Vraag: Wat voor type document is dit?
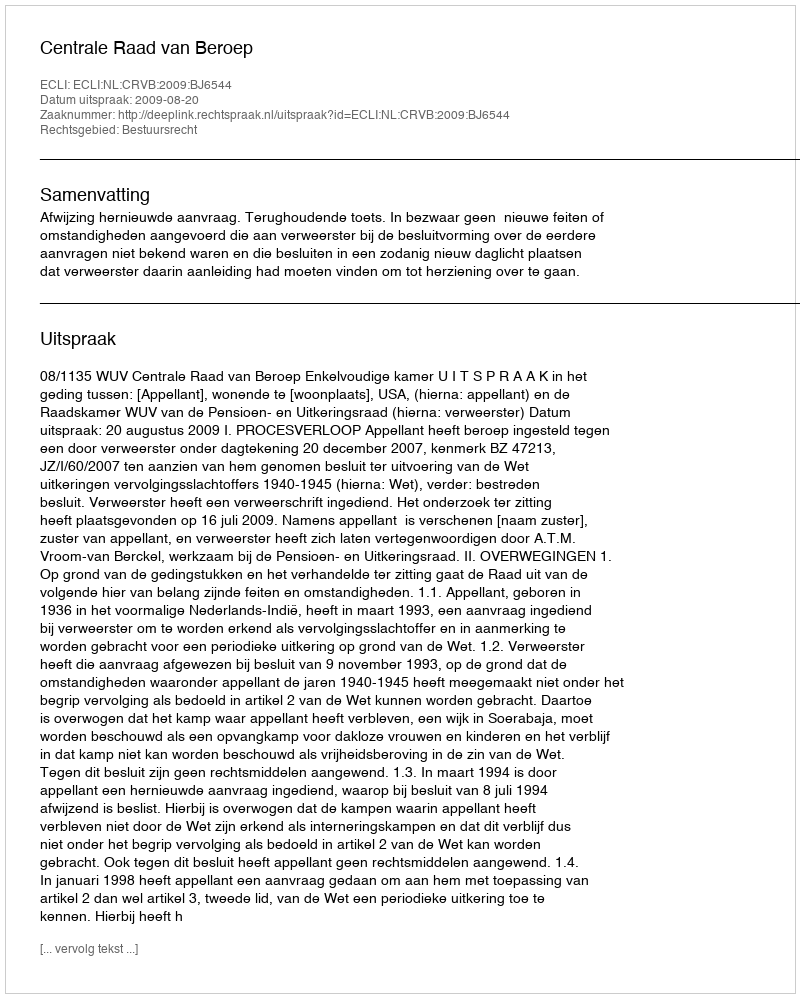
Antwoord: Uitspraak